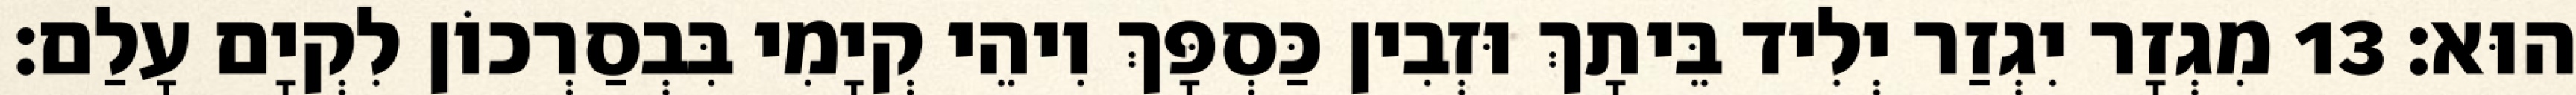
הוּא׃ 13 מִגְזָר יִגְזַר יְלִיד בֵּיתָךְ וּזְבִין כַּסְפָּךְ וִיהֵי קְיָמִי בִּבְסַרְכוֹן לִקְיָם עָלַם׃